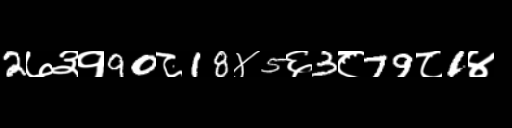
Text: 2७३१90८18४5६3८79८1४